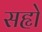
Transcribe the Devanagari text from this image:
सहृो